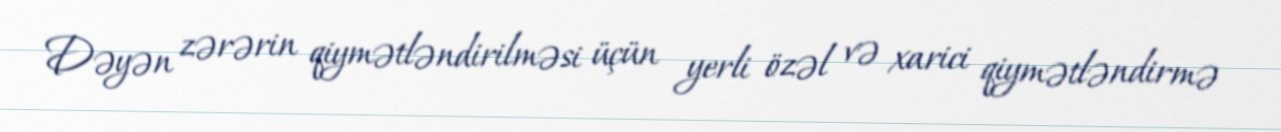
Dəyən zərərin qiymətləndirilməsi üçün yerli özəl və xarici qiymətləndirmə